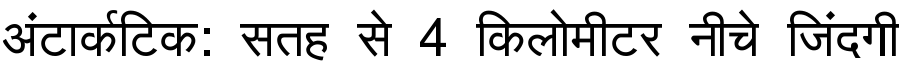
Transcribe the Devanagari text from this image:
अंटार्कटिक: सतह से 4 किलोमीटर नीचे जिंदगी